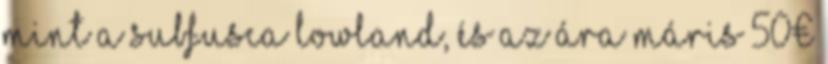
mint a subfusca lowland, és az ára máris 50€